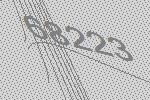
68223